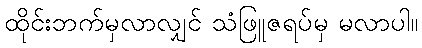
ထိုင်းဘက်မှလာလျှင် သံဖြူဇရပ်မှ မလာပါ။